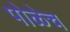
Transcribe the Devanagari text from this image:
पोळेच